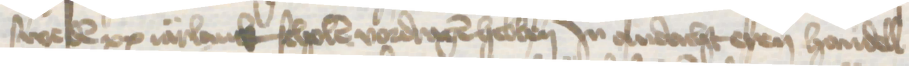
sweden xx iarlanck scholen vordragen hebben Jn andacht eren handell